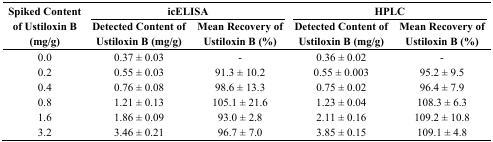
| <ROWSPAN=2> Spiked Content of Ustiloxin B (mg/g) | <COLSPAN=2> icELISA | <COLSPAN=2> HPLC |
 | Detected Content of Ustiloxin B (mg/g) | Mean Recovery of Ustiloxin B (%) | Detected Content of Ustiloxin B (mg/g) | Mean Recovery of Ustiloxin B (%) |
 | --- | --- | --- | --- | --- |
 | 0.0 | 0.37 ± 0.03 | - | 0.36 ± 0.02 | - |
 | 0.2 | 0.55 ± 0.03 | 91.3 ± 10.2 | 0.55 ± 0.003 | 95.2 ± 9.5 |
 | 0.4 | 0.76 ± 0.08 | 98.6 ± 13.3 | 0.75 ± 0.02 | 96.4 ± 7.9 |
 | 0.8 | 1.21 ± 0.13 | 105.1 ± 21.6 | 1.23 ± 0.04 | 108.3 ± 6.3 |
 | 1.6 | 1.86 ± 0.09 | 93.0 ± 2.8 | 2.11 ± 0.16 | 109.2 ± 10.8 |
 | 3.2 | 3.46 ± 0.21 | 96.7 ± 7.0 | 3.85 ± 0.15 | 109.1 ± 4.8 |